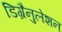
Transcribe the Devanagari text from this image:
डिग्रैनुलेशन